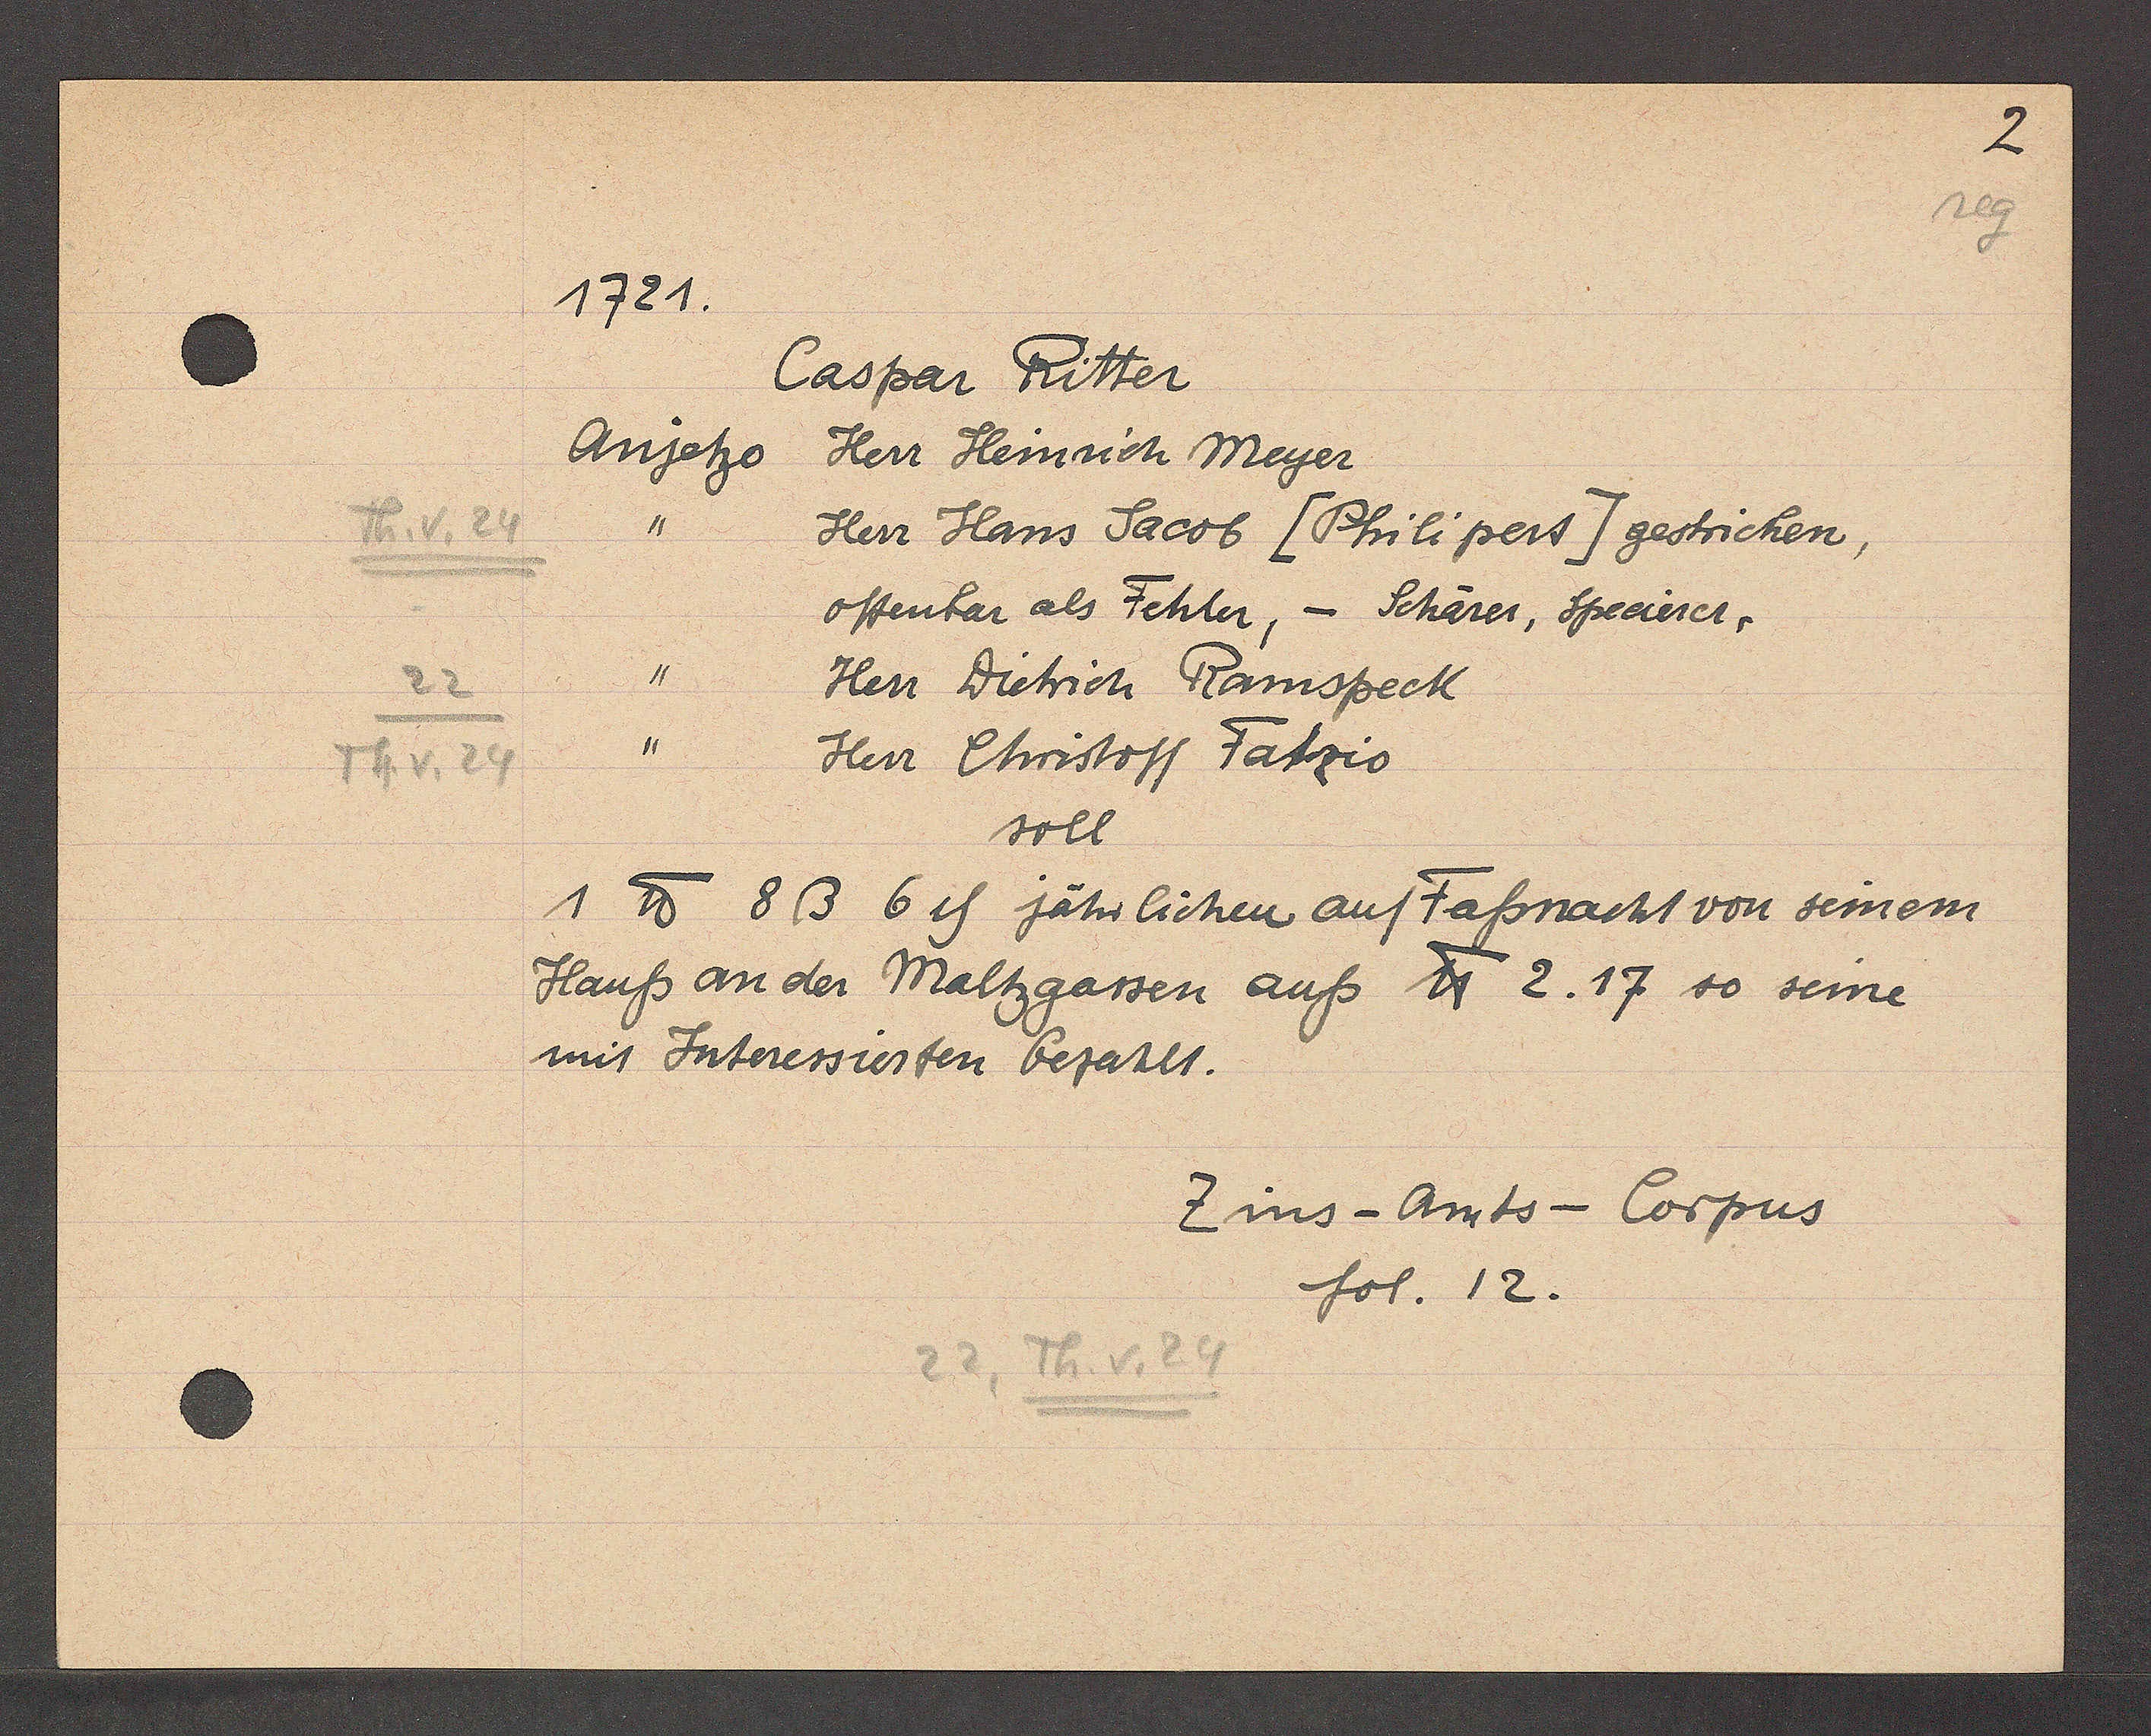
Transcript:
Th. v. 24
22
Th. v. 24

1721.

Caspar Ritter
Anjetzo
Herr Heinrich Meyer
Herr Hans Jacob [Philipers] gestrichen,
offenbar als Fehler, - Schärer, Speeierer,
Herr Dietrich Ramspeck
Herr Christoff Fatzio
soll
1 ℔ 8 ß 6ȡ jährlichen auf Fassnacht von seinem
Hauss an der Maltzgassen auf ℔ 2. 17 so seine
mit Suteressierten bezahlt.

22, Th. v. 24

Zins - Amts- Corpus
fol. 12.